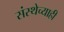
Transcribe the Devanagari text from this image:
संस्थेच्याही